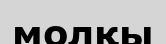
молқы